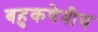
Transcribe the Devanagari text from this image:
बहुकषेत्रीय